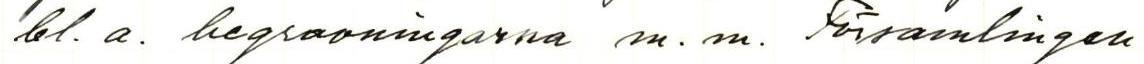
bl.a. begravningarna m.m. Församlingen